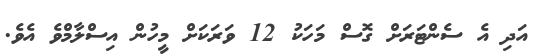
އަދި އެ ސެންޓަރަށް ގޮސް މަހަކު 12 ވަރަކަށް މީހުން އިސްލާމްވެ އެވެ.